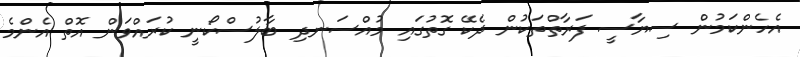
އެހެންކަމުން ސިޔާސީ ފަރާތްތަކުން ދެކޭ ގޮތުގައި މުއްސަނދި ބާލުސްކޯނީ ކުރައްވަން އޮތް އެންމެ